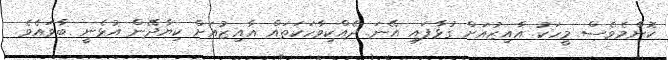
ކޮންމެވެސް މީހަކު އާއިޒުއަށް ގުޅާފައި އޭނަ ދެއްކިވާހަކަތައް އާއިޒުއަށް ކިޔާދޭން އުޅެނީ ބާވައެވެ.